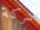
شركة